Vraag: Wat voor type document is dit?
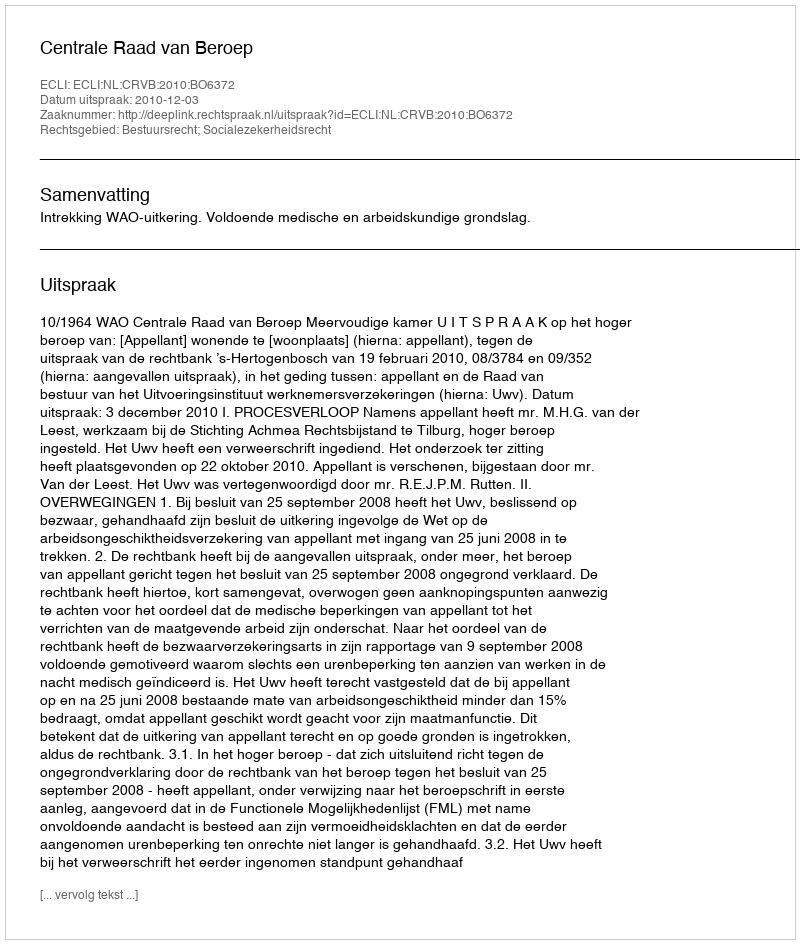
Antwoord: Uitspraak